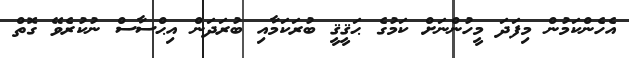
އެހެންކަމުން މިފަދަ މީހުންނަށް ކަމުގެ ޙަޤީޤީ ބުރަކަމާއި ބުރަދަން އިޙްސާސް ނުކުރެވޭ ގޮތް